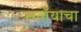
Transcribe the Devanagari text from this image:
सवॉयाचा